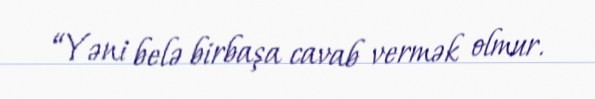
“Yəni belə birbaşa cavab vermək olmur.